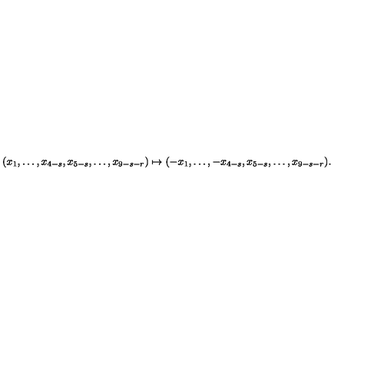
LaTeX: ( x _ { 1 } , \dots , x _ { 4 - s } , x _ { 5 - s } , \dots , x _ { 9 - s - r } ) \mapsto ( - x _ { 1 } , \dots , - x _ { 4 - s } , x _ { 5 - s } , \dots , x _ { 9 - s - r } ) .